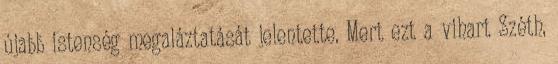
újabb istenség megaláztatását jelentette. Mert ezt a vihart Széth,